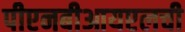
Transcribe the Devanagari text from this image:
पीएनबीआयएलची